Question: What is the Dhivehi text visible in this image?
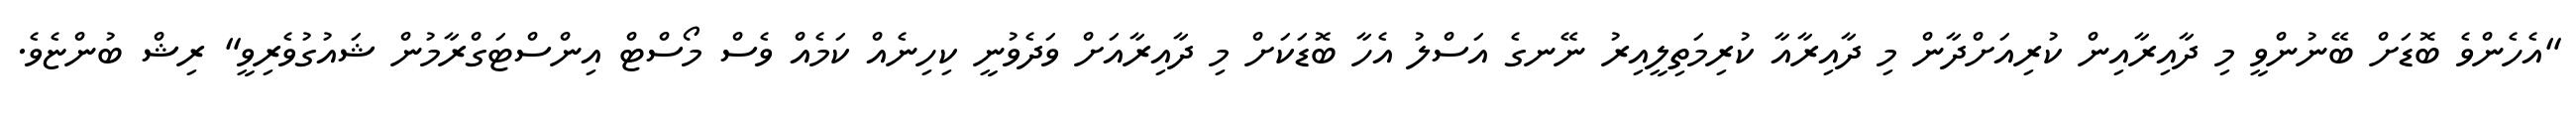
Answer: "އެހެންވެ ބޮޑަށް ބޭނުންވީ މި ދާއިރާއިން ކުރިއަށްދާން މި ދާއިރާއާ ކުރިމަތިލީއިރު ނޭނގެ އަސްލު އެހާ ބޮޑަކަށް މި ދާއިރާއަށް ވަދެވުނީ ކިހިނެއް ކަމެއް ވެސް މޯސްޓް އިންސްޓަގްރާމުން ޝައުގުވެރިވީ" ރިޝް ބުންޏެވެ.